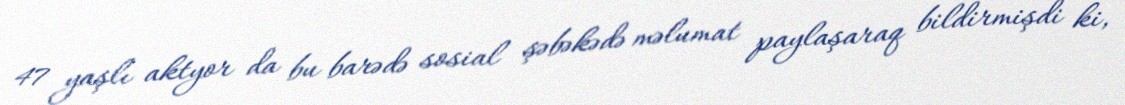
47 yaşlı aktyor da bu barədə sosial şəbəkədə məlumat paylaşaraq bildirmişdi ki,